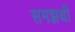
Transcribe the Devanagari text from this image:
समझथी